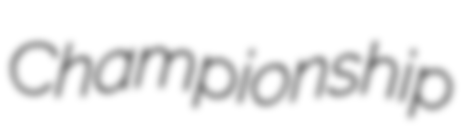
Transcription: Championship